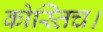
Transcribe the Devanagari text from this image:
कोस्तिच।